画像に写った文字を読んでください
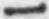
「一」と書いてあります